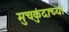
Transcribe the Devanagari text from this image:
मुचकुंदाच्या